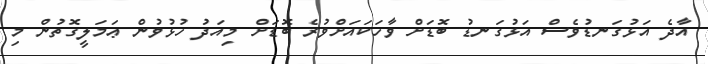
އާދެ އަޅުގަނޑުވެސް އަޅުގަނޑު ބޮޑަށް ވާހަކައަށްވުރެ ބޮޑަށް މިއަދު ހުޅުވުން ޢަމަލީގޮތުން މި